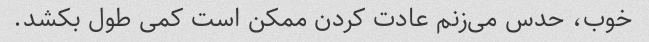
خوب، حدس می‌زنم عادت کردن ممکن است کمی طول بکشد.